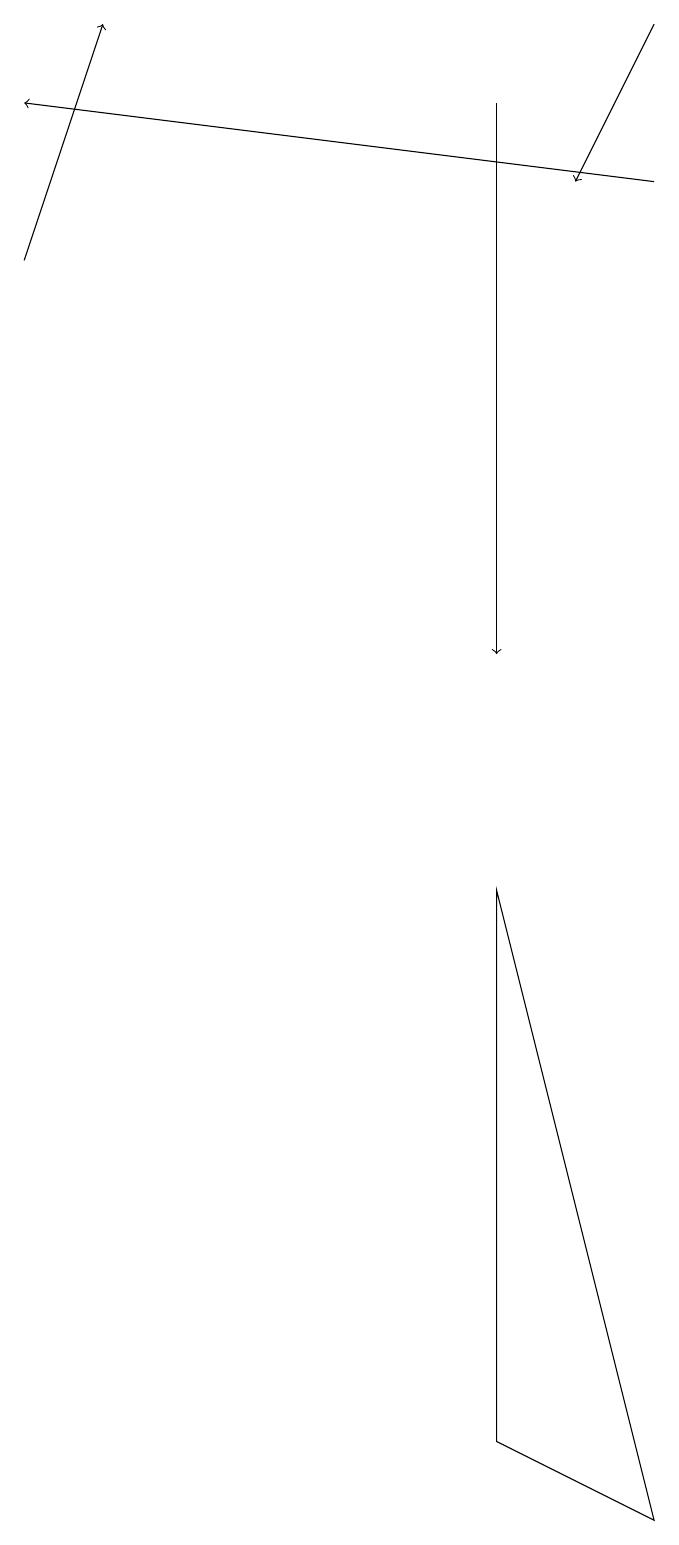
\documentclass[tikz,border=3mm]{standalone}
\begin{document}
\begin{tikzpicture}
\draw[->] (6,18) -- (6,11);
\draw (6,1) -- (8,0) -- (6,8) -- cycle;
\draw[->] (0,16) -- (1,19);
\draw[->] (8,17) -- (0,18);
\draw[->] (8,19) -- (7,17);
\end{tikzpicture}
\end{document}